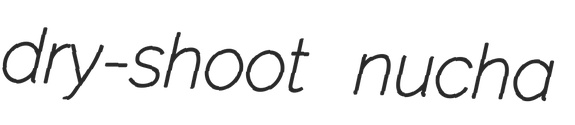
dry-shoot nucha